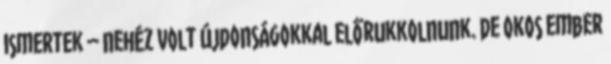
ismertek – nehéz volt újdonságokkal előrukkolnunk. De okos ember